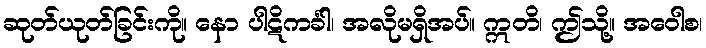
ဆုတ်ယုတ်ခြင်းကို။ နော ပါဋိကင်္ခါ၊ အလိုမရှိအပ်။ ဣတိ၊ ဤသို့။ အဝေါစ၊